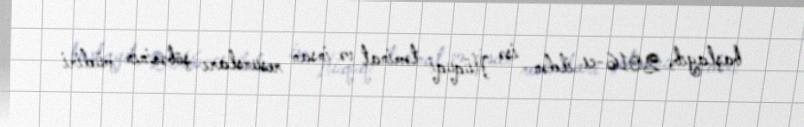
başlayıb, 2016-cı ildən isə Hüquqi təminat və insan resursları şöbəsinin müdiri